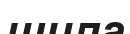
шила